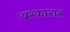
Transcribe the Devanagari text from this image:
बरकारार